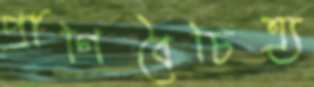
প্রাণিবৈচিত্র্য